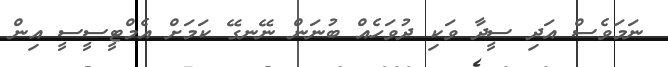
ނަމަވެސް އަދި ސީދާ ވަކި ދުވަހެއް ބުނަން ނޭނގޭ ކަމަށް އެމްޓީސީސީ އިން